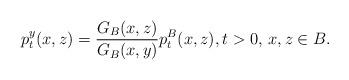
LaTeX: \begin{align*}p^{y}_t(x,z)=\frac{G_B(x,z)}{G_B(x,y)}p_t^{B}(x,z),t>0,\,x,z\in B.\end{align*}